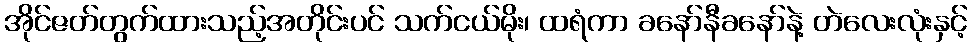
အိုင်ဇတ်တွက်ထားသည့်အတိုင်းပင် သက်ငယ်မိုး၊ ထရံကာ ခနော်နီခနော်နဲ့ တဲလေးလုံးနှင့်